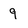
Character: 9